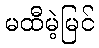
မထီမဲ့မြင်